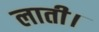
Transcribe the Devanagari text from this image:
लाती।